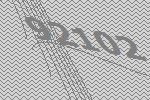
92102